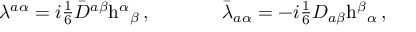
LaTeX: \begin{array} { c c } { { \lambda ^ { a \alpha } = i \textstyle { \frac { 1 } { 6 } } \bar { D } ^ { a \beta } \mathrm { h } ^ { \alpha } { } _ { \beta } \, , ~ ~ ~ ~ } } & { { ~ ~ ~ ~ \bar { \lambda } _ { a \alpha } = - i \textstyle { \frac { 1 } { 6 } } D _ { a \beta } \mathrm { h } ^ { \beta } { } _ { \alpha } \, , } } \end{array}